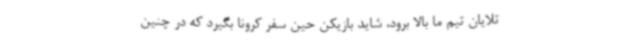
تلایان تیم ما بالا برود، شاید بازیکن حین سفر کرونا بگیرد که در چنین